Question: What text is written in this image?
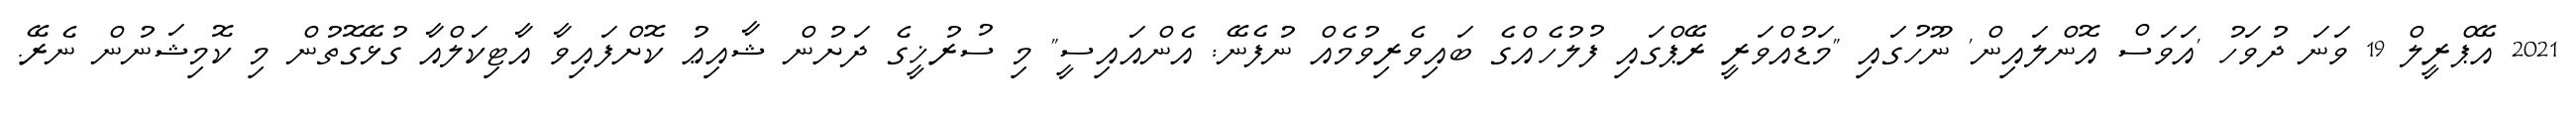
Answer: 2021 އޭޕްރީލް 19 ވަނަ ދުވަހު 'އަވަސް އޮންލައިން' ނޫހުގައި "މަޑުއްވަރީ ރޭޕްގައި ފުލުހެއްގެ ބައިވެރިވުމެއް ނުފެނޭ: އެންއައިސީ" މި ސުރުޚީގެ ދަށުން ޝާއިޢު ކޮށްފައިވާ އާޓިކަލްއާ ގުޅޭގޮތުން މި ކޮމިޝަނުން ނެރޭ.